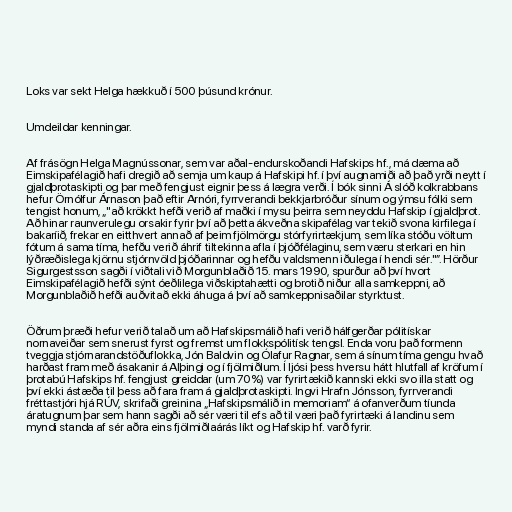
Loks var sekt Helga hækkuð í 500 þúsund krónur.

Umdeildar kenningar.

Af frásögn Helga Magnússonar, sem var aðal-endurskoðandi Hafskips hf., má dæma að
Eimskipafélagið hafi dregið að semja um kaup á Hafskipi hf. í því augnamiði að það yrði neytt í
gjaldþrotaskipti og þar með fengjust eignir þess á lægra verði. Í bók sinni Á slóð kolkrabbans
hefur Örnólfur Árnason það eftir Arnóri, fyrrverandi bekkjarbróður sínum og ýmsu fólki sem
tengist honum, „"að krökkt hefði verið af maðki í mysu þeirra sem neyddu Hafskip í gjaldþrot.
Að hinar raunverulegu orsakir fyrir því að þetta ákveðna skipafélag var tekið svona kirfilega í
bakaríið, frekar en eitthvert annað af þeim fjölmörgu stórfyrirtækjum, sem líka stóðu völtum
fótum á sama tíma, hefðu verið áhrif tiltekinna afla í þjóðfélaginu, sem væru sterkari en hin
lýðræðislega kjörnu stjórnvöld þjóðarinnar og hefðu valdsmenn iðulega í hendi sér."”. Hörður
Sigurgestsson sagði í viðtali við Morgunblaðið 15. mars 1990, spurður að því hvort
Eimskipafélagið hefði sýnt óeðlilega viðskiptahætti og brotið niður alla samkeppni, að
Morgunblaðið hefði auðvitað ekki áhuga á því að samkeppnisaðilar styrktust.

Öðrum þræði hefur verið talað um að Hafskipsmálið hafi verið hálfgerðar pólitískar
nornaveiðar sem snerust fyrst og fremst um flokkspólitísk tengsl. Enda voru það formenn
tveggja stjórnarandstöðuflokka, Jón Baldvin og Ólafur Ragnar, sem á sínum tíma gengu hvað
harðast fram með ásakanir á Alþingi og í fjölmiðlum. Í ljósi þess hversu hátt hlutfall af kröfum í
þrotabú Hafskips hf. fengjust greiddar (um 70%) var fyrirtækið kannski ekki svo illa statt og
því ekki ástæða til þess að fara fram á gjaldþrotaskipti. Ingvi Hrafn Jónsson, fyrrverandi
fréttastjóri hjá RÚV, skrifaði greinina „Hafskipsmálið in memoriam“ á ofanverðum tíunda
áratugnum þar sem hann sagði að sér væri til efs að til væri það fyrirtæki á landinu sem
myndi standa af sér aðra eins fjölmiðlaárás líkt og Hafskip hf. varð fyrir.